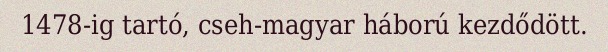
1478-ig tartó, cseh-magyar háború kezdődött.